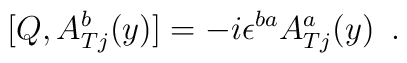
[Q, A^{b}_{Tj}(y)]= - i \epsilon^{ba} A^{a}_{Tj}(y)\,\,\,.